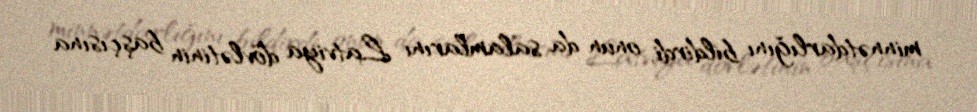
minnətdarlığını bildirdi, onun da salamlarını Latviya dövlətinin başçısına